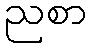
ညစာ